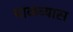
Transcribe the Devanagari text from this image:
माळव्यास